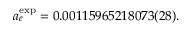
a _ { e } ^ { \mathrm { e x p } } = 0 . 0 0 1 1 5 9 6 5 2 1 8 0 7 3 ( 2 8 ) .